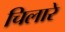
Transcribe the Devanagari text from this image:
चिलारे